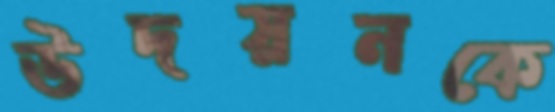
উদয়নকে